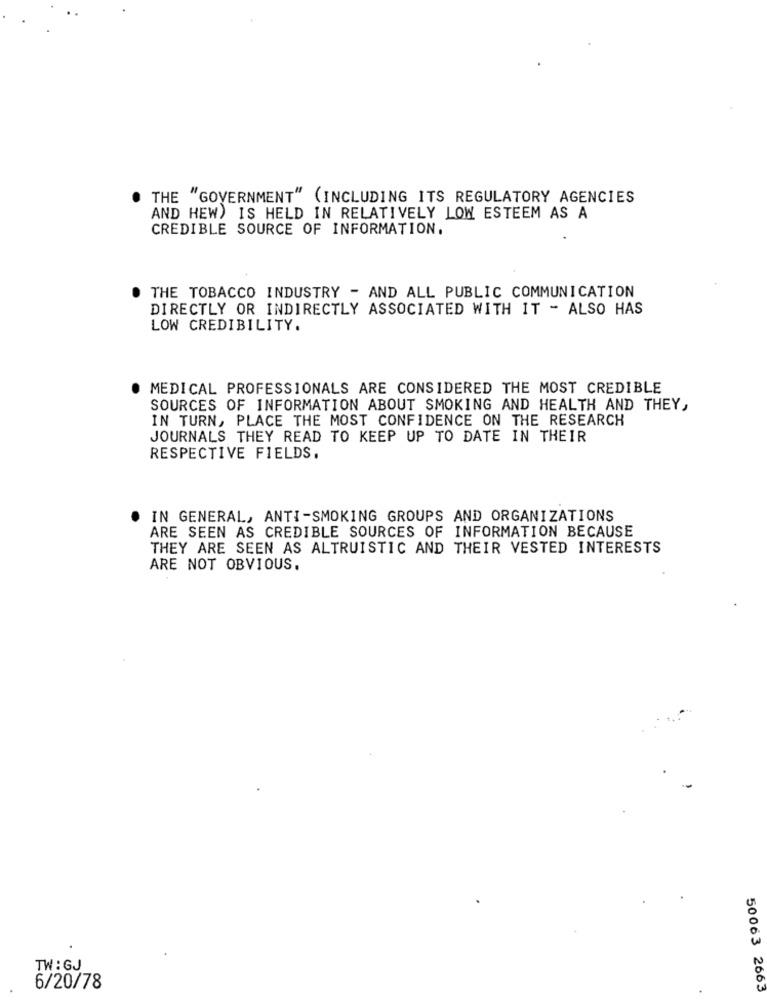
THE "GOVERNMENT" (INCLUDING ITS REGULATORY AGENCIES
AND HEW) IS HELD IN RELATIVELY LOW ESTEEM AS A
CREDIBLE SOURCE OF INFORMATION.
THE TOBACCO INDUSTRY - AND ALL PUBLIC COMMUNICATION
DIRECTLY OR INDIRECTLY ASSOCIATED WITH IT - ALSO HAS
LOW CREDIBILITY.
MEDICAL PROFESSIONALS ARE CONSIDERED THE MOST CREDIBLE
SOURCES OF INFORMATION ABOUT SMOKING AND HEALTH AND THEY,
IN TURN, PLACE THE MOST CONFIDENCE ON THE RESEARCH
JOURNALS THEY READ TO KEEP UP TO DATE IN THEIR
RESPECTIVE FIELDS.
IN GENERAL, ANTI-SMOKING GROUPS AND ORGANIZATIONS
ARE SEEN AS CREDIBLE SOURCES OF INFORMATION BECAUSE
THEY ARE SEEN AS ALTRUISTIC AND THEIR VESTED INTERESTS
ARE NOT OBVIOUS.
TW:GJ
6/20/78
50063 2663